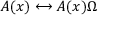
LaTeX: A ( x ) \longleftrightarrow A ( x ) \Omega